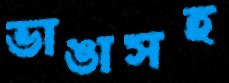
ভাঙাসহ